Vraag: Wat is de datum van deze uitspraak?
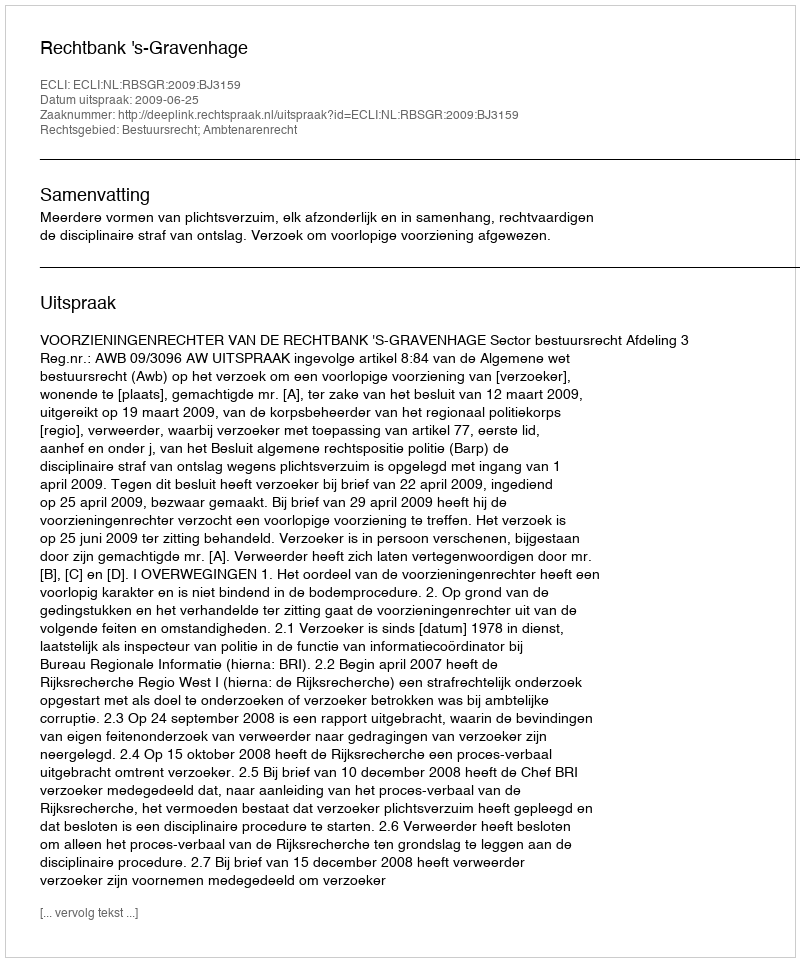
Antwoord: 2009-06-25